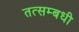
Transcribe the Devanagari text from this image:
तत्सम्बधी